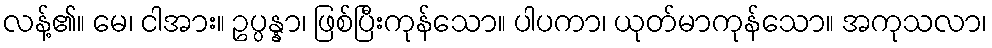
လန့်၏။ မေ၊ ငါအား။ ဥပ္ပန္နာ၊ ဖြစ်ပြီးကုန်သော။ ပါပကာ၊ ယုတ်မာကုန်သော။ အကုသလာ၊